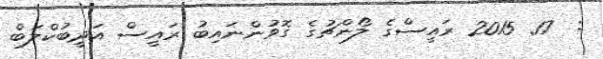
:  17